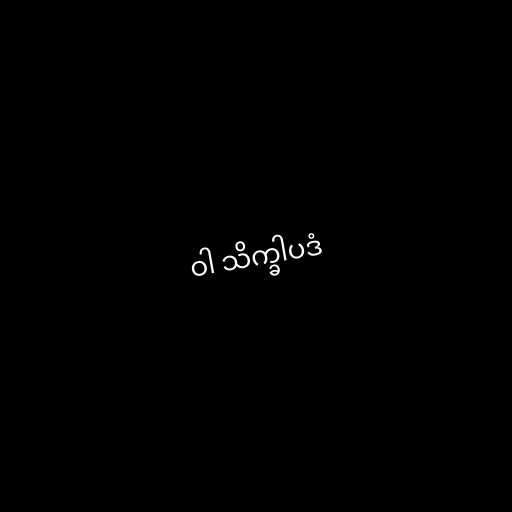
ဝါ သိက္ခါပဒံ